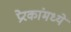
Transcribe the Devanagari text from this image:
प्रेरकांमध्ये